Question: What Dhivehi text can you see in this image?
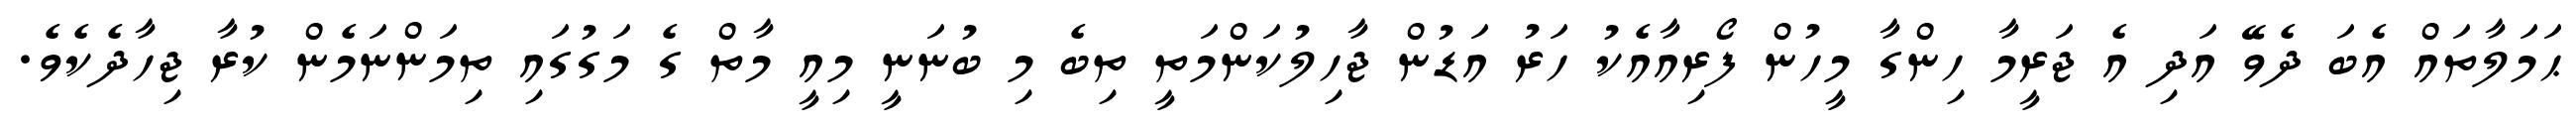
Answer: ޙަމަލާތައް އެބަ ދެވޭ އަދި އެ ޖަރީމާ ހިންގާ މީހުން ފޯރިއާއެކު ހަރު އަޑުން ޖާހިލުކަންމަތީ ތިބެ މި ބުނަނީ މިއީ މާތް ގެ މަގުގައި ތިމަންނަމެން ކުރާ ޖިހާދެކެވެ.